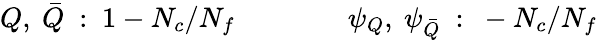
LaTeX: Q,~\bar{Q}~:~1-N_{c}/N_{f}\qquad\qquad\psi_{Q},~\psi_{\bar{Q}}~:~-N_{c}/N_{f}